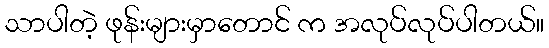
သာပါတဲ့ ဖုန်းများမှာတောင် က အလုပ်လုပ်ပါတယ်။